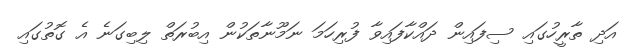
އަދި ތާރީހުގައި ސިފައިން ދައްކާފައިވާ ފުރިހަމަ ނަމޫނާތަކުން އިބުރަތް ލިބިގަނެ އެ ގޮތުގައި